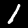
Digit: 1